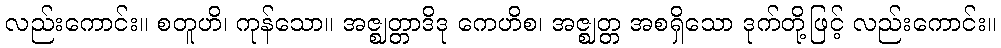
လည်းကောင်း။ စတူဟိ၊ ကုန်သော။ အဇ္ဈတ္တာဒိဒု ကေဟိစ၊ အဇ္ဈတ္တ အစရှိသော ဒုက်တို့ဖြင့် လည်းကောင်း။